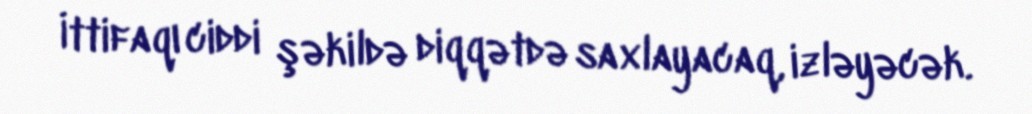
İttifaqı ciddi şəkildə diqqətdə saxlayacaq, izləyəcək.